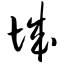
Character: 城